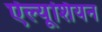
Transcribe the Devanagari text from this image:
ऐल्यूशियन